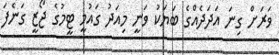
ވަރަށް ގިނަ އަދަދެއްގެ ބަޔަކު ވަނީ މިއަދު ގައުމީ ޓީމުގެ ޖޯޒީ ގަނެފަ